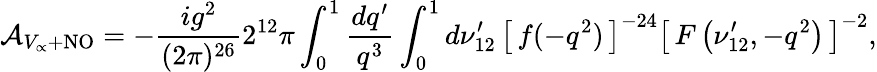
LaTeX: {\cal A}_{V_{\propto}+\mathrm{NO}}=-{\frac{ig^{2}}{(2\pi)^{26}}}2^{12}\pi\int_{0}^{1}{\frac{dq^{\prime}}{q^{3}}}\int_{0}^{1}d\nu_{12}^{\prime}\, \left[\, f(-q^{2})\, \right]^{-24}\left[\, F\left(\nu_{12}^{\prime},-q^{2}\right)\, \right]^{-2},